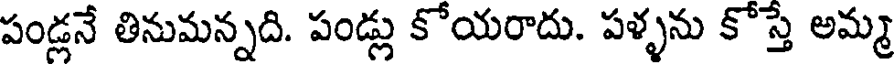
పండ్లనే తినుమన్నది. పండ్లు కోయరాదు. పళ్ళను కోస్తే అమ్మ